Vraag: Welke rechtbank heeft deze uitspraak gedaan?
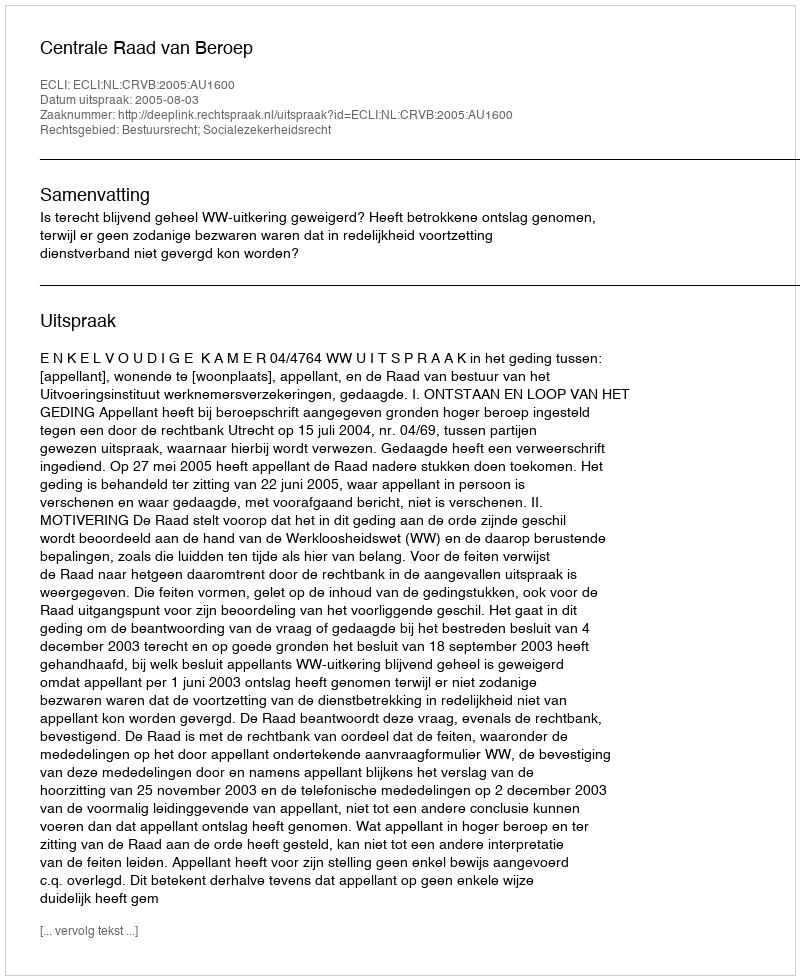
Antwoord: Centrale Raad van Beroep